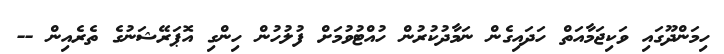
ހިމަންދޫގައި ވަކިޖަމާއަތް ހަދައިގެން ނަމާދުކުރުން ހުއްޓުވުމަށް ފުލުހުން ހިންގި އޮޕަރޭޝަނުގެ ތެރެއިން --